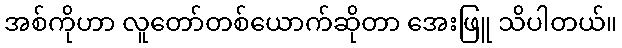
အစ်ကိုဟာ လူတော်တစ်ယောက်ဆိုတာ အေးဖြူ သိပါတယ်။